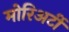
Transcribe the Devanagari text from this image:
मोरिअर्टी